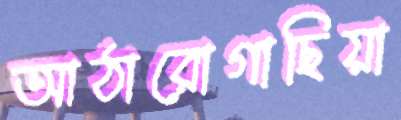
আঠারোগাছিয়া